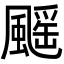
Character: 䬙